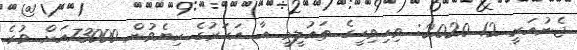
ޖެނުއަރީ 12 2020: ވިހިވިހީގެ ތައުލީމީ އާ އަހަރުގެ ކިޔެވުން 73000އަށް ވުރެ